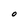
Character: O